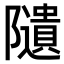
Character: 𨽟